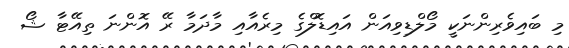
މި ބައިވެރިންނަކީ މޯލްޑިވިއަން އައިޑޮލްގެ މިރެއާއި މާދަމާ ރޭ އޮންނަ ތިއޭޓާ ޝޯ